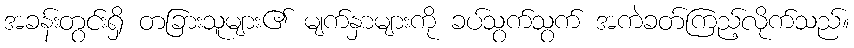
အခန်းတွင်းရှိ တခြားသူများ၏ မျက်နှာများကို ခပ်သွက်သွက် အကဲခတ်ကြည့်လိုက်သည်။